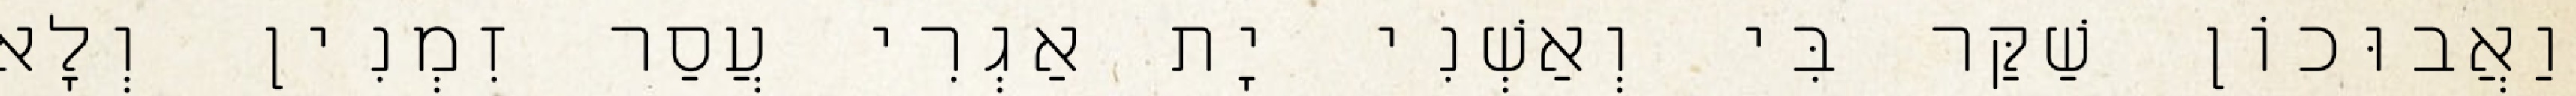
וַאֲבוּכוֹן שַׁקַּר בִּי וְאַשְׁנִי יָת אַגְרִי עֲסַר זִמְנִין וְלָא